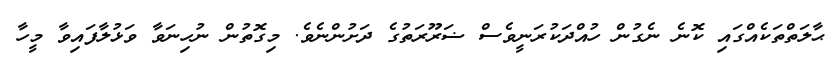
ޙާލަތްތަކެއްގައި ކޮނެ ނެގުން ހުއްދަކުރަނީވެސް ޟަރޫރަތުގެ ދަށުންނެވެ. މިގޮތުން ނުހިނަވާ ވަޅުލާފައިވާ މީހާ